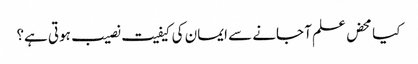
کیا محض علم آ جانے سے ایمان کی کیفیت نصیب ہوتی ہے؟